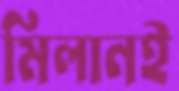
মিলানই